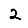
Digit: 2